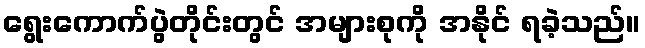
ရွေးကောက်ပွဲတိုင်းတွင် အများစုကို အနိုင် ရခဲ့သည်။